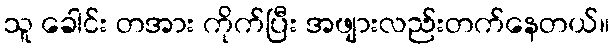
သူ ခေါင်း တအား ကိုက်ပြီး အဖျားလည်းတက်နေတယ်။